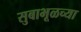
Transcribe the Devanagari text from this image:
सुबाभूळच्या